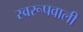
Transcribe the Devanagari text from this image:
स्वरूपवाली